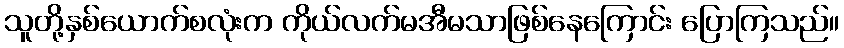
သူတို့နှစ်ယောက်စလုံးက ကိုယ်လက်မအီမသာဖြစ်နေကြောင်း ပြောကြသည်။